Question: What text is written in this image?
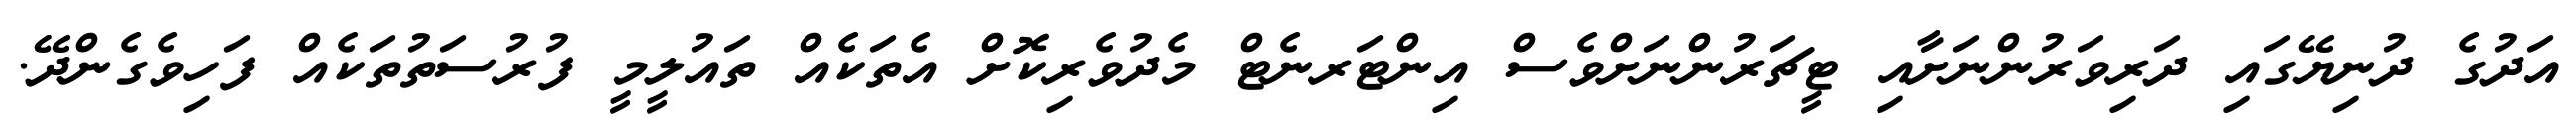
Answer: އަދުގެ ދުނިޔޭގައި ދަރިވަރުންނަށާއި ޓީޗަރުންނަށްވެސް އިންޓަރނެޓް މެދުވެރިކޮށް އެތަކެއް ތައުލީމީ ފުރުސަތުތަކެއް ފަހިވެގެންދޭ.